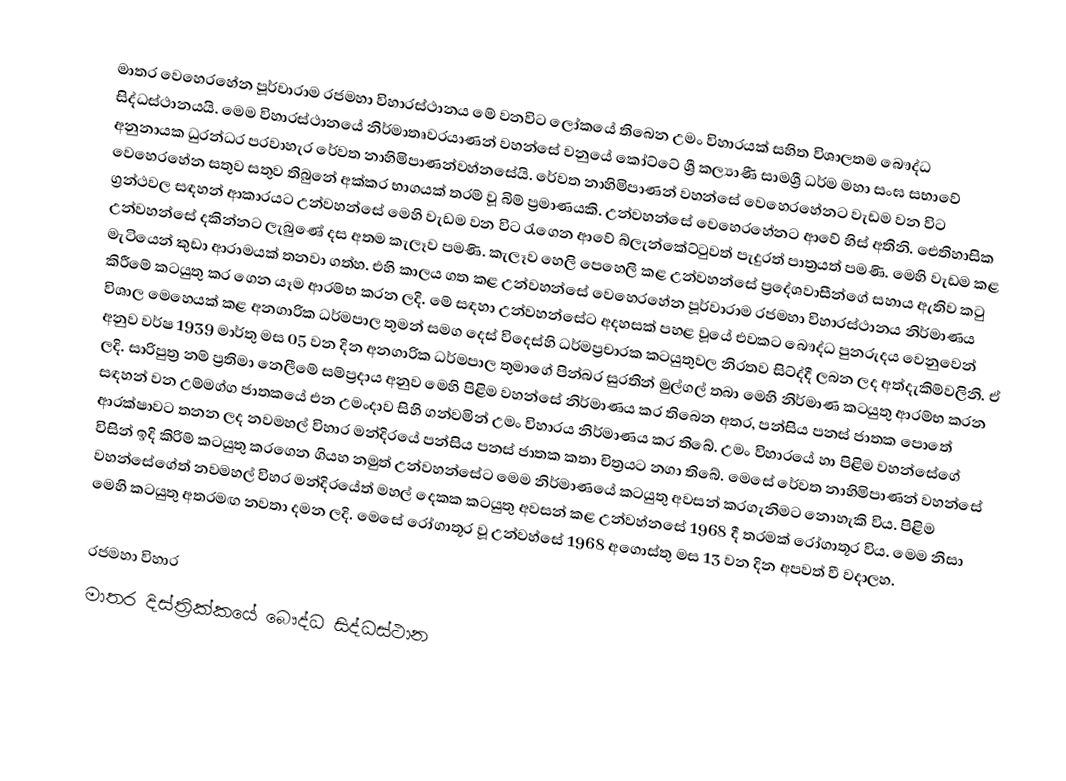
මාතර වෙහෙරහේන පූර්වාරාම රජමහා විහාරස්ථානය මේ වනවිට ලෝකයේ තිබෙන උමං විහාරයක් සහිත විශාලතම බෞද්ධ සිද්ධස්ථානයයි. මෙම විහාරස්ථානයේ නිර්මාතෘවරයාණන් වහන්සේ වනුයේ  කෝට්ටේ ශ්‍රී කල්‍යාණී සාමශ්‍රී ධර්ම මහා සංඝ සභාවේ අනුනායක ධුරන්ධර පරවාහැර රේවත නාහිමිපාණන්වහ්නසේයි. රේවත නාහිමිපාණන් වහන්සේ වෙහෙරහේනට වැඩම වන විට වෙහෙරහේන සතුව සතුව තිබුනේ අක්කර භාගයක් තරම් වූ බිම් ප්‍රමාණයකි.  උන්වහන්සේ වෙහෙරහේනට ආවේ හිස් අතිනි. ඓතිහාසික ග්‍රන්ථවල සඳහන් ආකාරයට උන්වහන්සේ මෙහි වැඩම වන විට රැගෙන ආවේ බ්ලැන්කේට්ටුවත් පැදුරත් පාත්‍රයත් පමණි. මෙහි වැඩම කළ උන්වහන්සේ දකින්නට ලැබුණේ දස අතම කැලෑව පමණි. කැලෑව හෙලි පෙහෙලි කළ උන්වහන්සේ ප්‍රදේශවාසීන්ගේ සහාය ඇතිව කටු මැටියෙන් කුඩා ආරාමයක් තනවා ගත්හ. එහි කාලය ගත කළ උන්වහන්සේ වෙහෙරහේන පූර්වාරාම රජමහා විහාරස්ථානය නිර්මාණය කිරීමේ කටයුතු කර ගෙන යෑම ආරම්භ කරන ලදි. මේ සඳහා උන්වහන්සේට අදහසක් පහළ වූයේ එවකට බෞද්ධ පුනරුදය වෙනුවෙන් විශාල මෙහෙයක් කළ අනගාරික ධර්මපාල තුමන් සමග දෙස් විදෙස්හි ධර්මප්‍රචාරක කටයුතුවල නිරතව සිට්ද්දී ලබන ලද අත්දැකිම්වලිනි. ඒ අනුව වර්ෂ 1939 මාර්තු මස 05 වන දින අනගාරික ධර්මපාල තුමාගේ පින්බර සුරතින් මුල්ගල් තබා මෙහි නිර්මාණ කටයුතු ආරම්භ කරන ලදි. සාරිපුත්‍ර නම් ප්‍රතිමා නෙලීමේ සම්ප්‍රදාය අනුව මෙහි පිළිම වහන්සේ නිර්මාණය කර තිබෙන අතර, පන්සිය පනස් ජාතක පොතේ සඳහන් වන උම්මග්ග ජාතකයේ එන උමංදාව සිහි ගන්වමින් උමං විහාරය නිර්මාණය කර තිබේ. උමං විහාරයේ හා පිළිම වහන්සේගේ ආරක්ෂාවට තනන ලද නවමහල් විහාර මන්දිරයේ පන්සිය පනස් ජාතක කතා චිත්‍රයට නගා තිබේ.  මෙසේ රේවත නාහිමිපාණන් වහන්සේ විසින් ඉදි කිරිම් කටයුතු කරගෙන ගියහ නමුත් උන්වහන්සේට මෙම නිර්මාණයේ කටයුතු අවසන් කරගැනිමට නොහැකි විය. පිළිම වහන්සේගේත් නවමහල් විහර මන්දිරයේත් මහල් දෙකක කටයුතු අවසන් කළ උන්වහ්නසේ 1968 දී තරමක් රෝගාතූර විය. මෙම නිසා මෙහි කටයුතු අතරමඟ නවතා දමන ලදි. මෙසේ රෝගාතූර වූ උන්වහ්සේ 1968 අගොස්තු මස 13 වන දින අපවත් වී වදාලහ.

රජමහා විහාර
මාතර දිස්ත්‍රික්කයේ බෞද්ධ සිද්ධස්ථාන‎